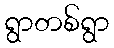
ရွာတစ်ရွာ